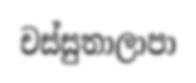
චස්සුතාලාපා